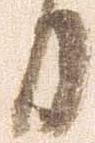
日